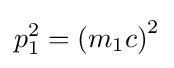
p_{1}^{2}=\left(m_{1}c\right)^{2}